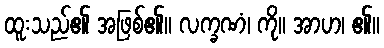
ထူးသည်၏ အဖြစ်၏။ လက္ခဏံ၊ ကို။ အာဟ၊ ၏။